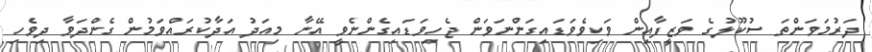
ދަރުމަވަންތަ ސުކޫލުގެ ވަޒީފާއިން ވަކިވެވަޑައިގަންނަވަން ޖެހިވަޑައިގެންނެވީ އޭނާ މިއަދު އަދާކުރައްވަމުން ގެންދަވާ ދިވެހި